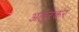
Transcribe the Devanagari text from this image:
अलूरकर